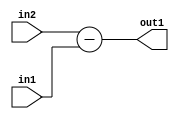
`timescale 1ps / 1ps
/*****************************************************************************
    Verilog RTL Description
    
    
    Created by: Stratus DpOpt 2019.1.01 
*******************************************************************************/

module st_weight_addr_gen_Sub_16Ux6U_17S_1 (
	in2,
	in1,
	out1
	); /* architecture "behavioural" */ 
input [15:0] in2;
input [5:0] in1;
output [16:0] out1;
wire [16:0] asc001;

assign asc001 = 
	+(in2)
	-(in1);

assign out1 = asc001;
endmodule

/* CADENCE  ubL1SA4= : u9/ySgnWtBlWxVPRXgAZ4Og= ** DO NOT EDIT THIS LINE ******/